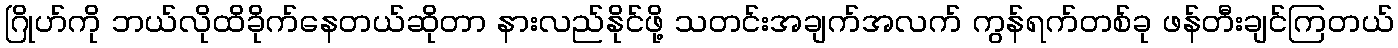
ဂြိုဟ်ကို ဘယ်လိုထိခိုက်နေတယ်ဆိုတာ နားလည်နိုင်ဖို့ သတင်းအချက်အလက် ကွန်ရက်တစ်ခု ဖန်တီးချင်ကြတယ်